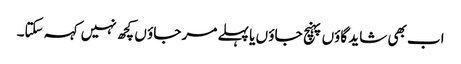
اب بھی شاید گاؤں پہنچ جاؤ ں یا پہلے مر جاؤ ں کچھ نہیں کہہ سکتا۔